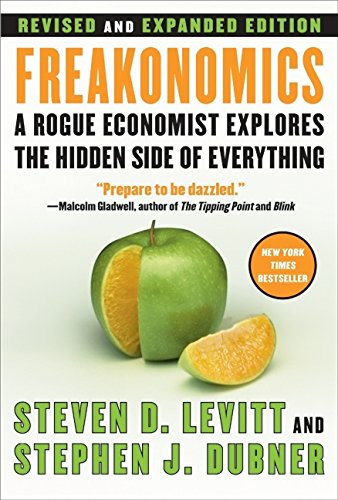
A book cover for Freakonomics [Revised and Expanded]: A Rogue Economist Explores the Hidden Side of Everything; Steven D. Levitt; Humor & Entertainment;